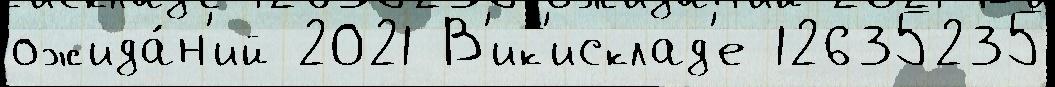
ожида́н'ий 2021 В'ик'исклад'е 12635235